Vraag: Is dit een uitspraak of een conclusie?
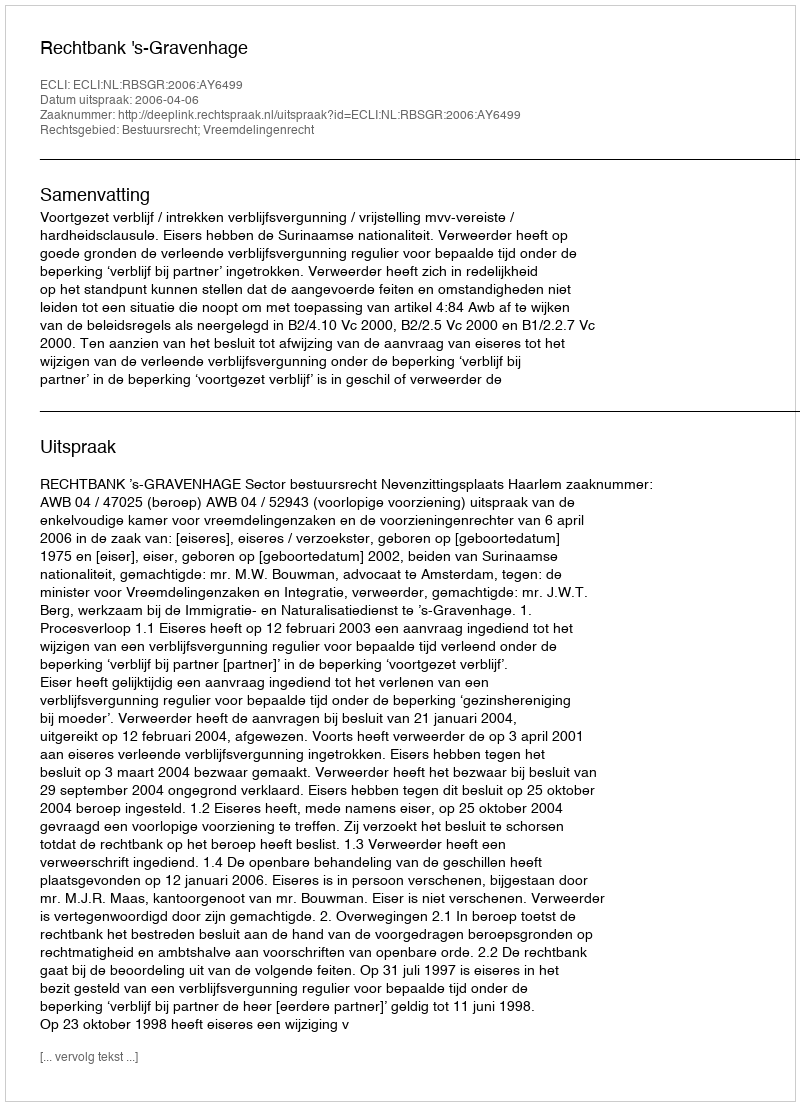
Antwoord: Uitspraak